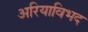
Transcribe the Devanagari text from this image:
अरियाविभद